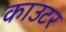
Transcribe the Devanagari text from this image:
काउटर